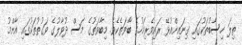
ތިލަ ހިސާބުތަކުގައި ގިނައިންއުޅޭ ރައިވެރިމަހުގެ ބާވަތެކެވެ. މިބާވަތުގެ މަސް ދުވާލުގެ ވަގުތުތަކުގައި އާންމު